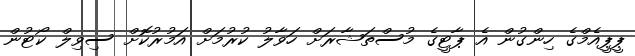
ޕީޕީއެމްގެ ހިންގުން އެ ޕާޓީގެ މުސްތަޝާރަށް ހަވާލު ކުރުމަށް އަމުރުކޮށް ސިވިލް ކޯޓުން